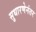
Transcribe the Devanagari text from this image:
सुधारणेनंतर